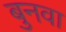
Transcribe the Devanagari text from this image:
बुनवा